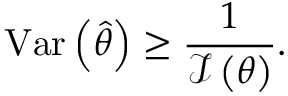
\operatorname { V a r } \left( { \hat { \theta } } \right) \geq { \frac { 1 } { { \mathcal { I } } \left( \theta \right) } } .